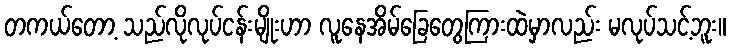
တကယ်တော့ သည်လိုလုပ်ငန်းမျိုးဟာ လူနေအိမ်ခြေတွေကြားထဲမှာလည်း မလုပ်သင့်ဘူး။